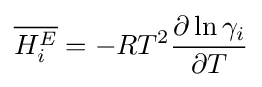
{\overline {H_{i}^{E}}}=-RT^{2}{\frac {\partial \ln \gamma _{i}}{\partial T}}